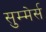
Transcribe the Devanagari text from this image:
सुम्मेर्स